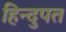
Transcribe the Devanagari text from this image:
हिन्दुपत